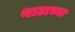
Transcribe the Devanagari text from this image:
थाटाच्या